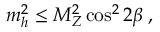
m _ { h } ^ { 2 } \le M _ { Z } ^ { 2 } \cos ^ { 2 } 2 \beta \; ,